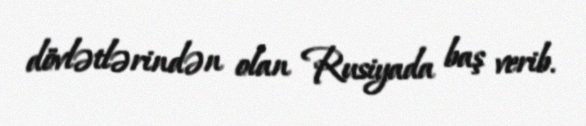
dövlətlərindən olan Rusiyada baş verib.